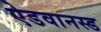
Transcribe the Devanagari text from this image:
ऐडवानस्ड